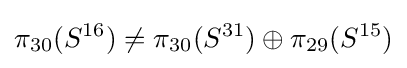
\pi _{30}(S^{16})\neq \pi _{30}(S^{31})\oplus \pi _{29}(S^{15})